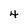
Character: 4